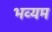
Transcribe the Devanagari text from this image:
भव्यम